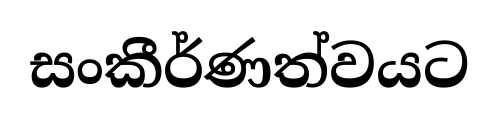
සංකීර්ණත්වයට